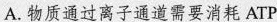
A.物质通过离子通道需要消耗ATP